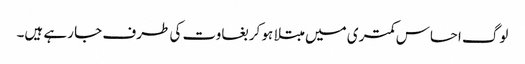
لوگ احساس کمتری میں مبتلا ہو کر بغاوت کی طرف جا رہے ہیں۔